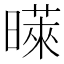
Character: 𪱉